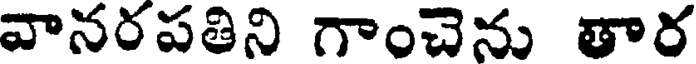
వానరపతిని గాంచెను తార